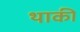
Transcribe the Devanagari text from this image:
थाकी